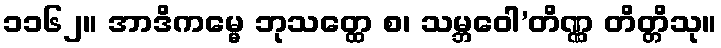
၁၁၆၂။ အာဒိကမ္မေ ဘုသတ္ထေ စ၊ သမ္ဘဝေါ’တိဏ္ဏ တိတ္တိသု။